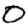
Digit: 0